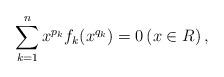
LaTeX: \begin{align*} \sum_{k=1}^{n}x^{p_{k}}f_{k}(x^{q_{k}})=0 \left(x\in R\right),\end{align*}